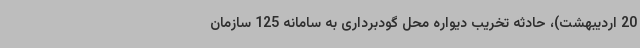
20 اردیبهشت)، حادثه تخریب دیواره محل گودبرداری به سامانه 125 سازمان